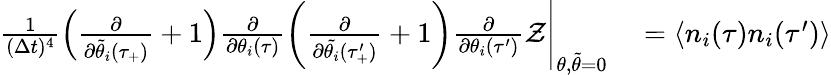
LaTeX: \begin{array}{rl}{\frac{1}{(\Delta t)^{4}}\left(\frac{\partial}{\partial\tilde{\theta}_{i}(\tau_{+})}+1\right)\frac{\partial}{\partial\theta_{i}(\tau)}\left(\frac{\partial}{\partial\tilde{\theta_{i}}(\tau_{+}^{\prime})}+1\right)\frac{\partial}{\partial\theta_{i}(\tau^{\prime})}\mathcal{Z}\Bigg|_{\theta,\tilde{\theta}=0}}&{{}=\langle n_{i}(\tau)n_{i}(\tau^{\prime})\rangle}\end{array}